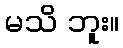
မသိ ဘူး။